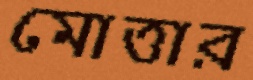
মোত্তার